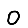
Digit: 0